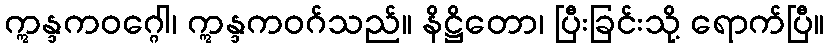
ဣန္ဒကဝဂ္ဂေါ၊ ဣန္ဒကဝဂ်သည်။ နိဋ္ဌိတော၊ ပြီးခြင်းသို့ ရောက်ပြီ။